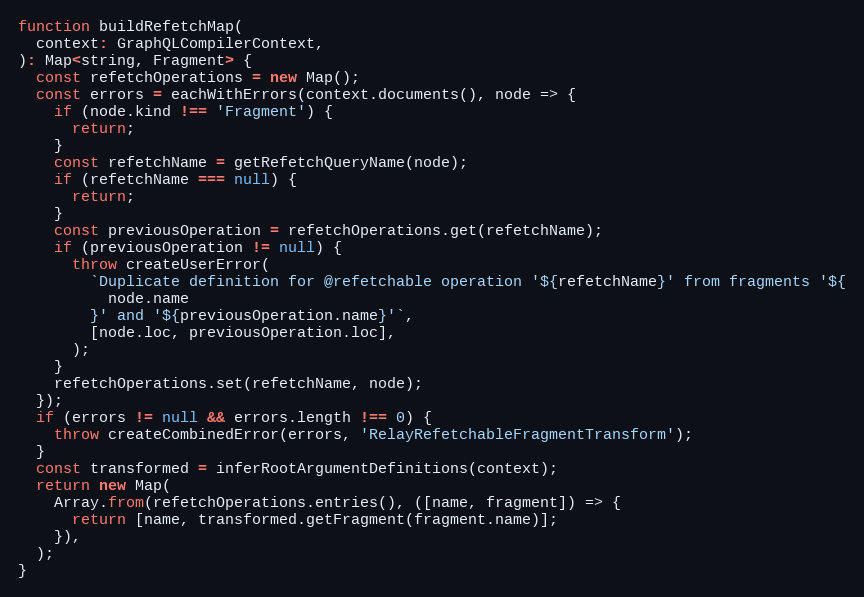
Language: JavaScript
function buildRefetchMap(
  context: GraphQLCompilerContext,
): Map<string, Fragment> {
  const refetchOperations = new Map();
  const errors = eachWithErrors(context.documents(), node => {
    if (node.kind !== 'Fragment') {
      return;
    }
    const refetchName = getRefetchQueryName(node);
    if (refetchName === null) {
      return;
    }
    const previousOperation = refetchOperations.get(refetchName);
    if (previousOperation != null) {
      throw createUserError(
        `Duplicate definition for @refetchable operation '${refetchName}' from fragments '${
          node.name
        }' and '${previousOperation.name}'`,
        [node.loc, previousOperation.loc],
      );
    }
    refetchOperations.set(refetchName, node);
  });
  if (errors != null && errors.length !== 0) {
    throw createCombinedError(errors, 'RelayRefetchableFragmentTransform');
  }
  const transformed = inferRootArgumentDefinitions(context);
  return new Map(
    Array.from(refetchOperations.entries(), ([name, fragment]) => {
      return [name, transformed.getFragment(fragment.name)];
    }),
  );
}